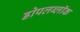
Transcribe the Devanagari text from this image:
डोपलब्लॉक